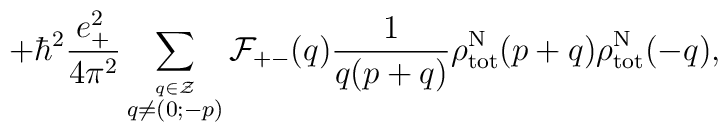
+ {\hbar}^2\frac{e_{+}^2}{4{\pi}^2} \sum_{\stackrel{q \in \cal Z}{q \neq (0;-p)}}{\cal F}_{+-}(q) \frac{1}{q(p+q)} {\rho}_{\rm tot}^{\rm N}(p+q){\rho}_{\rm tot}^{\rm N}(-q),